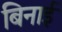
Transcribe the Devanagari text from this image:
बिनाई